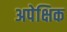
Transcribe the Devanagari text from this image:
अपेक्षिक